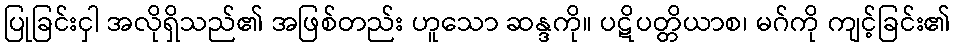
ပြုခြင်းငှါ အလိုရှိသည်၏ အဖြစ်တည်း ဟူသော ဆန္ဒကို။ ပဋိပတ္တိယာစ၊ မဂ်ကို ကျင့်ခြင်း၏